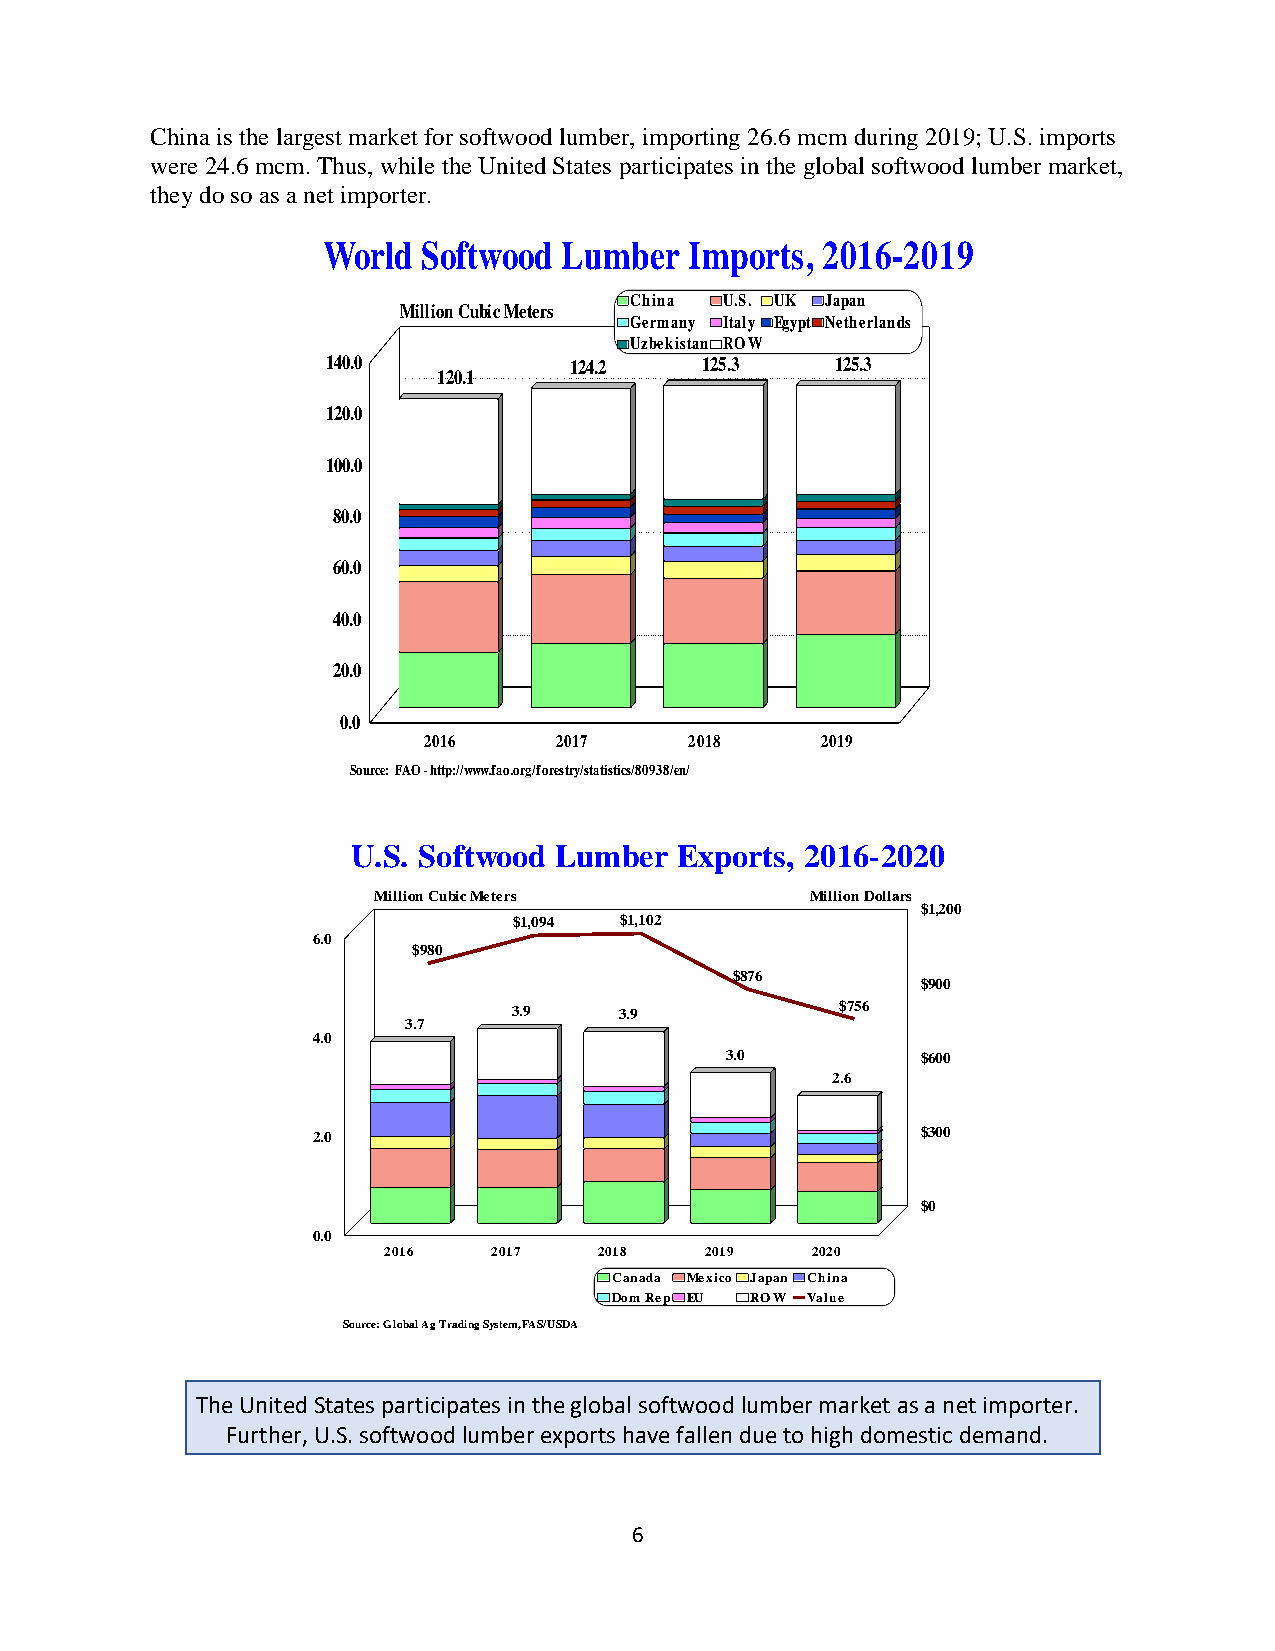
China is the largest market for softwood lumber, importing 26.6 mcm during 2019; U.S. imports
 were 24.6 mcm. Thus, while the United States participates in the global softwood lumber market,
 they do so as a net importer.
 U.S. Softwood Lumber  Exports, 2016-2020
 Million Cubic Meters         Million Dollars
 $1,200
 $1,094 $1,102
 6.0
 $980
 $876
 $900
 3.9    3.9            $756
 3.7
 4.0
 3.0          $600
 2.6
 2.0                                     $300
 $0
 0.0
 2016    2017   2018   2019   2020
 Canada Mexico Japan China
 Dom Rep EU ROW Value
 Source: Global Ag Trading System, FAS/USDA
 The United States participates in the global softwood lumber market as a net importer.
 Further, U.S. softwood lumber exports have fallen due to high domestic demand.
 6
 W
 1
 1
 1
 o
 4 0 .0
 2 0 .0
 0 0 .0
 8 0 .0
 6 0 .0
 4 0 .0
 2 0 .0
 0 .0
 S o u
 r l d
 M
 rce: F A
 S o f t w
 illio n C u b
 1 2 0 .1
 2 0 1 6
 O - h ttp ://w w w
 o
 ic M
 .fa o
 o d L u m b e r I m p o
 C h in a U .S .e
 te r s
 G e r m a n y Ita lyU
 z b e k is ta n R O W1
 2 5 .31 2 4 .2
 2 0 1 7  2 0 1 8
 .o rg /fo restry/sta tistics/8 0 9 3 8 /en /
 r
 UE
 t s
 Kg
 y p
 ,
 t
 2 0
 J a p aN
 e th
 1 2 5
 2 0 1 9
 1
 ne
 r
 .3
 6
 la
 -
 n d
 2
 s
 0 1 9